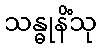
သန္ဓုနိံသု